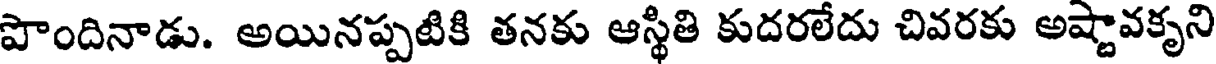
పొందినాడు. అయినప్పటికి తనకు ఆస్థితి కుదరలేదు చివరకు అష్టావకృని